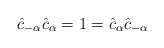
\begin{align*}\hat{c}_{-\alpha}\hat{c}_{\alpha} = 1 = \hat{c}_{\alpha}\hat{c}_{-\alpha}\end{align*}